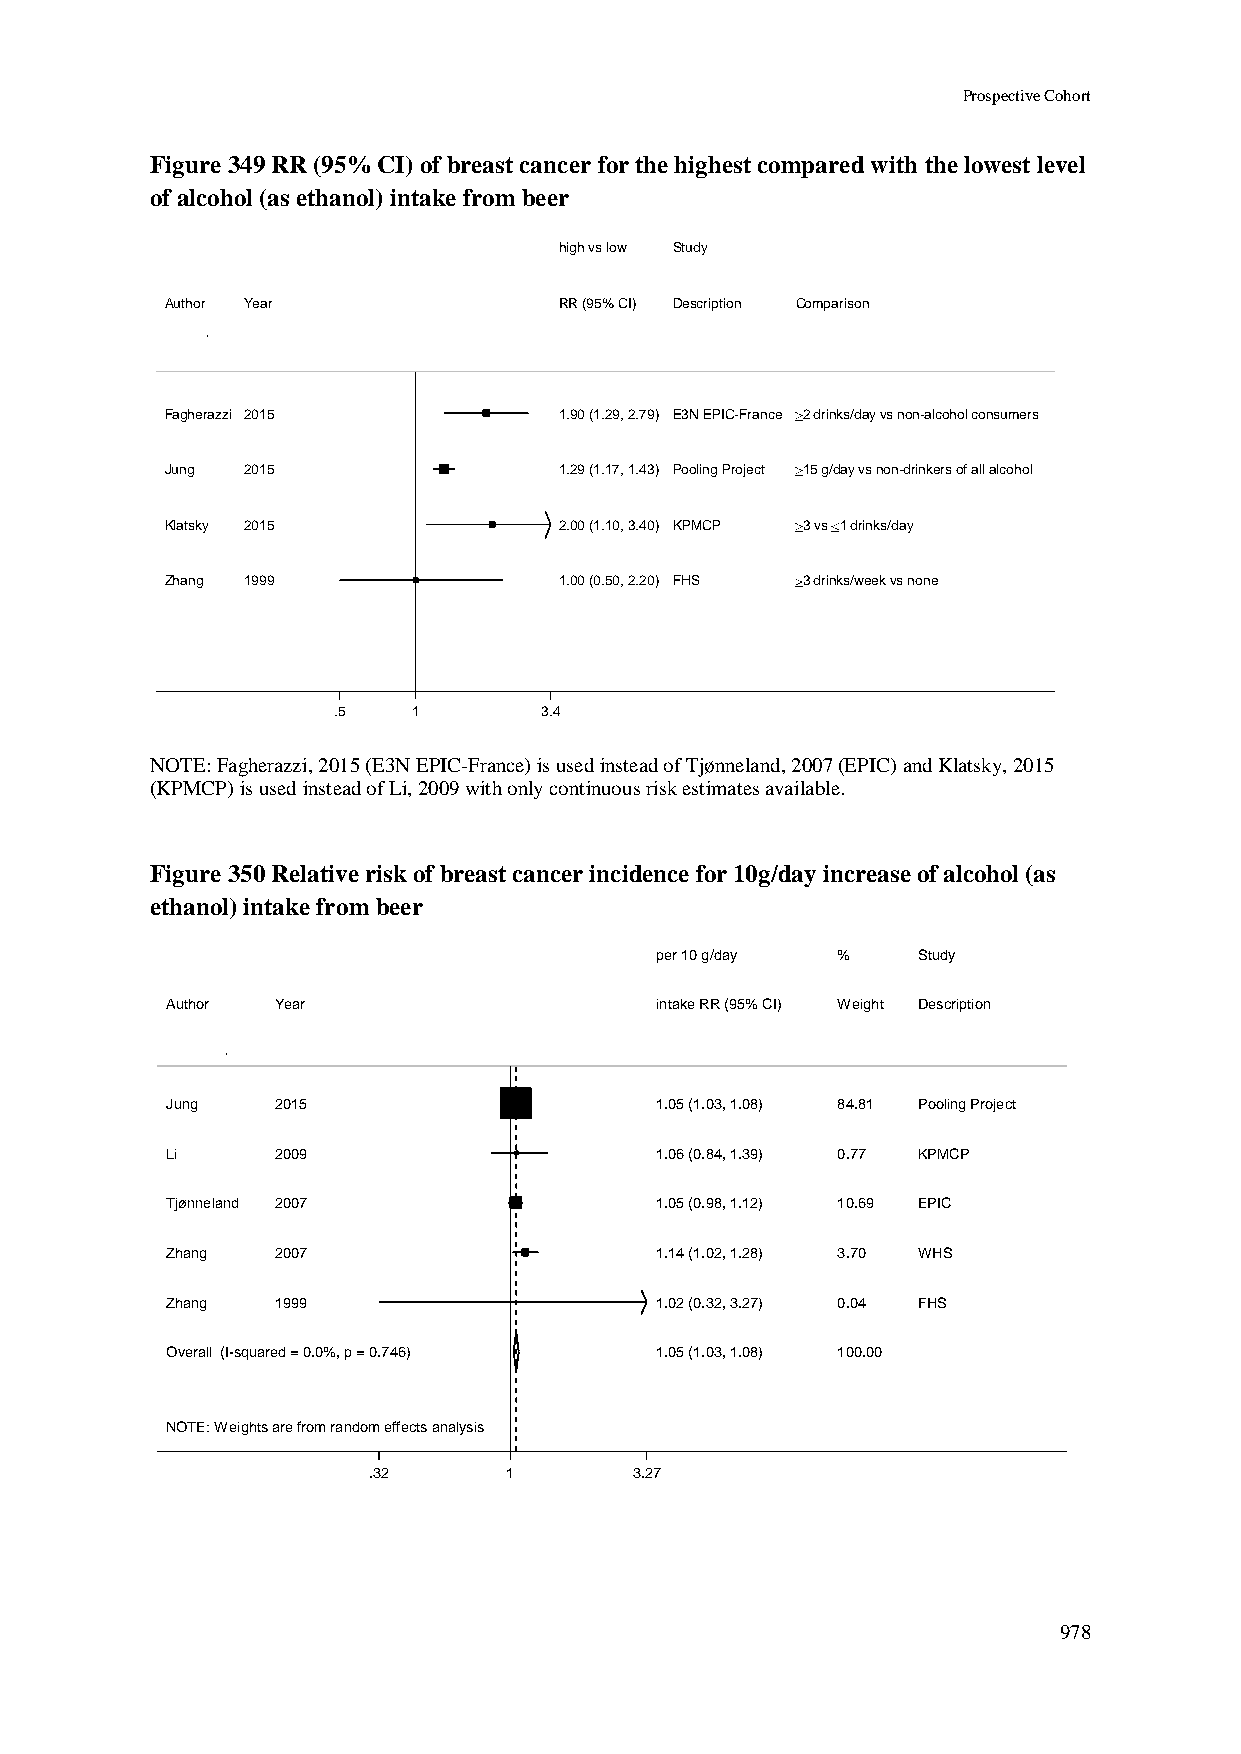
Prospective Cohort
 Figure 349 RR (95% CI) of breast cancer for the highest compared with the lowest level
 of alcohol (as ethanol) intake from beer
 hhiigghh vvss llooww SSttuuddyy
 Author Year               RRRR ((9955%% CCII)) DDeessccrriippttiioonn Comparison
 Fagherazzi 2015           11..9900 ((11..2299,, 22..7799)) EE33NN EEPPIICC--FFrraannccee 2 drinks/day vs non-alcohol consumers
 Jung 2015                 11..2299 ((11..1177,, 11..4433)) PPoooolliinngg PPrroojjeecctt 15 g/day vs non-drinkers of all alcohol
 Klatsky 2015              22..0000 ((11..1100,, 33..4400)) KKPPMMCCPP 3 vs 1 drinks/day
 Zhang 1999                11..0000 ((00..5500,, 22..2200)) FFHHSS 3 drinks/week vs none
 .5   11       3.4
 NOTE: Fagherazzi, 2015 (E3N EPIC-France) is used instead of Tjønneland, 2007 (EPIC) and Klatsky, 2015
 (KPMCP) is used instead of Li, 2009 with only continuous risk estimates available.
 Figure 350 Relative risk of breast cancer incidence for 10g/day increase of alcohol (as
 ethanol) intake from beer
 ppeerr 1100 gg//ddaayy %% Study
 Author Year                     iinnttaakkee RRRR ((9955%% CCII)) WWeeiigghhtt Description
 Jung   2015                     11..0055 ((11..0033,, 11..0088)) 8844..8811 Pooling Project
 Li     2009                     11..0066 ((00..8844,, 11..3399)) 00..7777 KPMCP
 Tjønneland 2007                 11..0055 ((00..9988,, 11..1122)) 1100..6699 EPIC
 Zhang  2007                     11..1144 ((11..0022,, 11..2288)) 33..7700 WHS
 Zhang  1999                     11..0022 ((00..3322,, 33..2277)) 00..0044 FHS
 Overall (I-squared = 0.0%, p = 0.746) 11..0055 ((11..0033,, 11..0088)) 110000..0000
 NOTE: Weights are from random effects analysis
 .32      11       3.27
 978